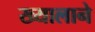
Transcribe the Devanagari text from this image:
ख्यालाने